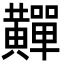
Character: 䵐